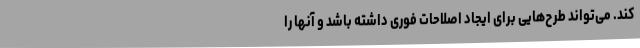
کند. می‌تواند طرح‌هایی برای ایجاد اصلاحات فوری داشته باشد و آنها را